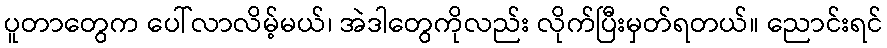
ပူတာတွေက ပေါ်လာလိမ့်မယ်၊ အဲဒါတွေကိုလည်း လိုက်ပြီးမှတ်ရတယ်။ ညောင်းရင်